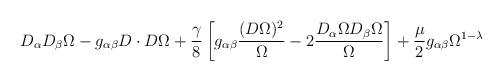
LaTeX: \begin{align*}D_{\alpha}D_{\beta} \Omega - g_{\alpha \beta} D \cdot D \Omega+ \frac{\gamma}{8} \left[g_{\alpha \beta} \frac{(D \Omega )^2 }{\Omega} - 2 \frac{D_{\alpha } \Omega D_{\beta} \Omega}{\Omega} \right] + \frac{\mu}{2}g_{\alpha \beta} \Omega ^{1-\lambda}\end{align*}